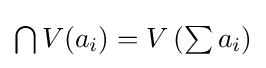
{\textstyle \bigcap V(a_{i})=V\left(\sum a_{i}\right)}